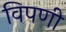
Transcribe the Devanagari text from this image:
विपणी